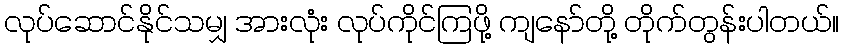
လုပ်ဆောင်နိုင်သမျှ အားလုံး လုပ်ကိုင်ကြဖို့ ကျနော်တို့ တိုက်တွန်းပါတယ်။